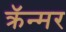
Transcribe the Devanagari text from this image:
क्रॅन्मर